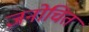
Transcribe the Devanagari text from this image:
जनोचित